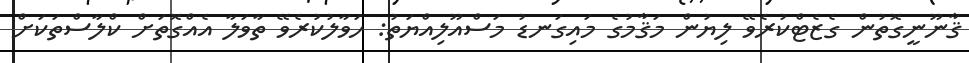
ޤާނޫނީގޮތުން ގެޒެޓްކުރެވޭ ލިޔުން މަޤާމުގެ މައިގަނޑު މަސްއޫލިއްޔަތު: ހަވާލުކުރެވޭ ތާވަލާ އެއްގޮތަށް ކްލާސްތަކަށް